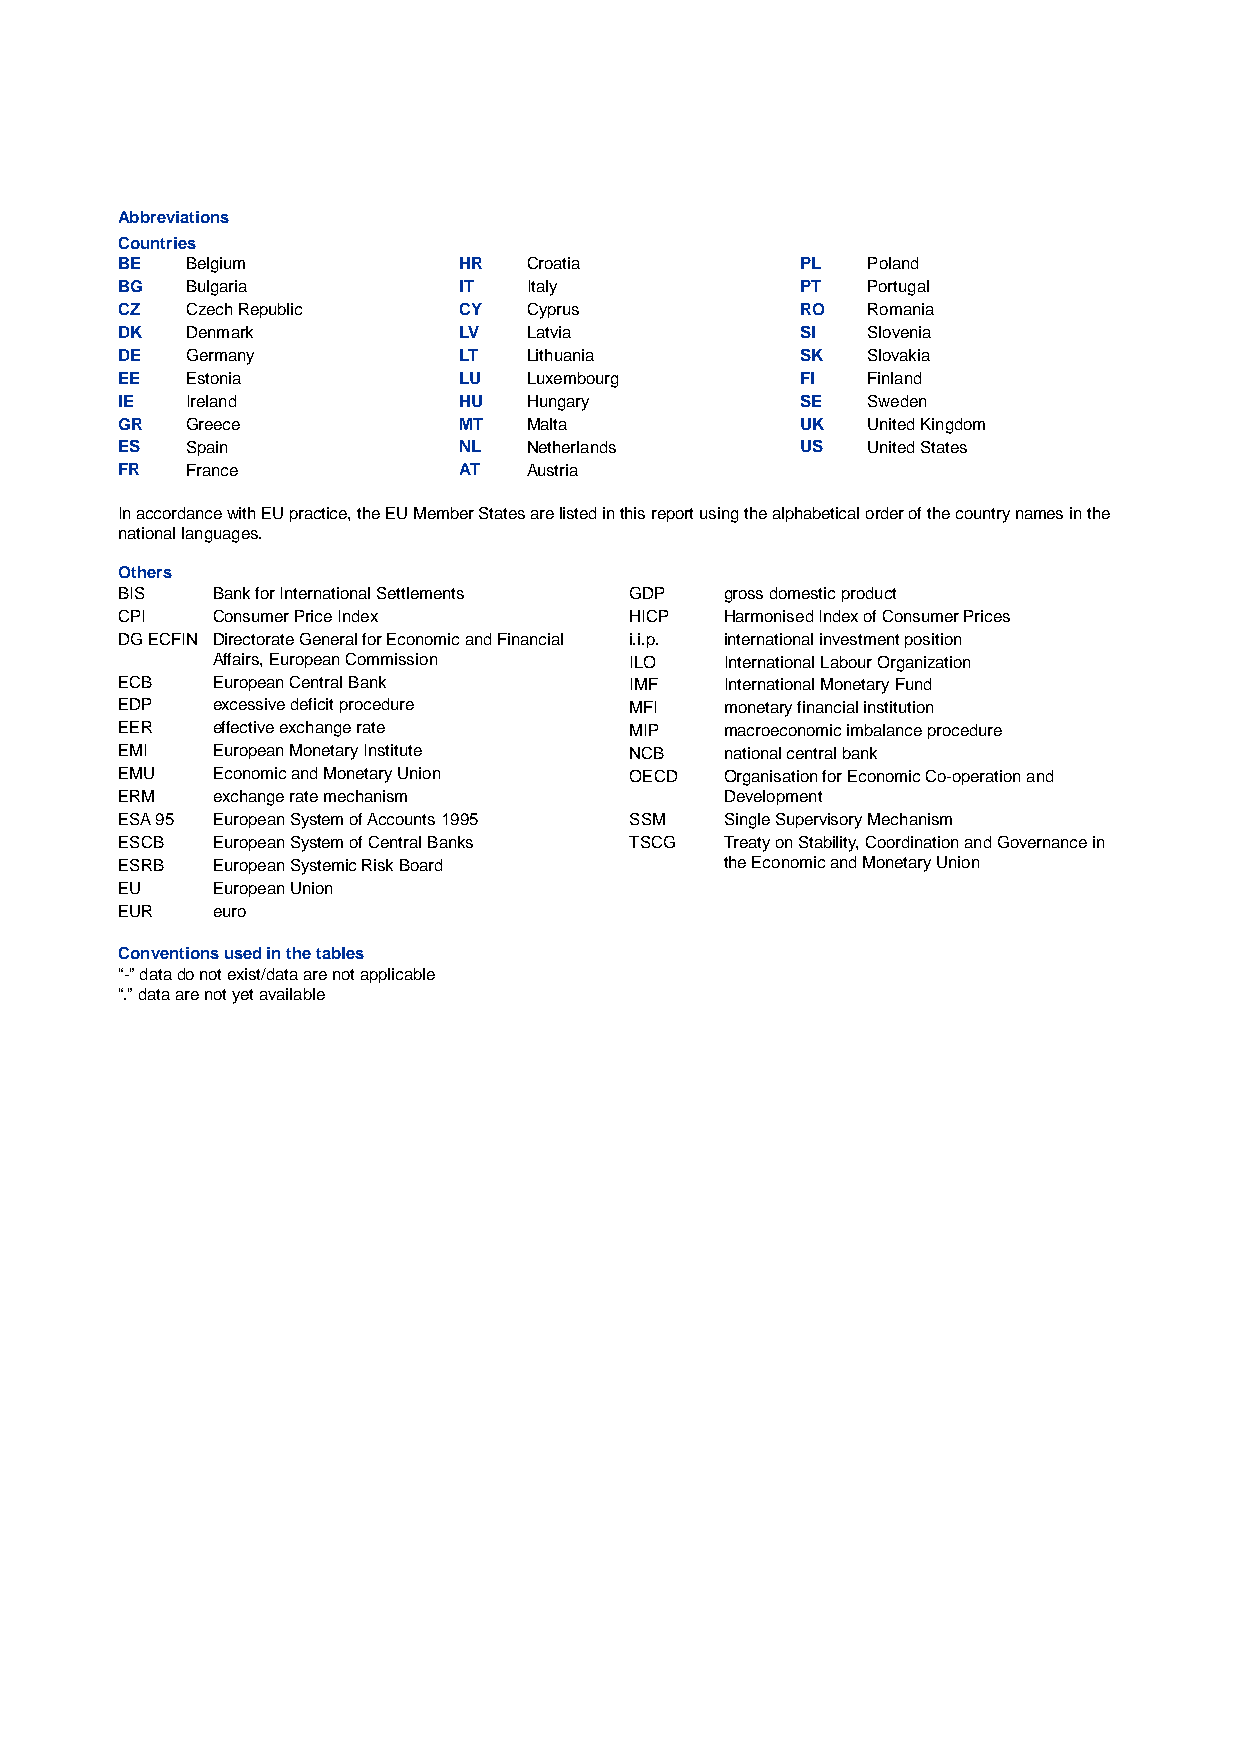
Abbreviations
 Countries
 BE  Belgium           HR   Croatia           PL  Poland
 BG  Bulgaria          IT   Italy             PT  Portugal
 CZ  Czech Republic    CY   Cyprus            RO  Romania
 DK  Denmark           LV   Latvia            SI  Slovenia
 DE  Germany           LT   Lithuania         SK  Slovakia
 EE  Estonia           LU   Luxembourg        FI  Finland
 IE  Ireland           HU   Hungary           SE  Sweden
 GR  Greece            MT   Malta             UK  United Kingdom
 ES  Spain             NL   Netherlands       US  United States
 FR  France            AT   Austria
 In accordance with EU practice, the EU Member States are listed in this report using the alphabetical order of the country names in the
 national languages.
 Others
 BIS   Bank for International Settlements GDP gross domestic product
 CPI   Consumer Price Index        HICP  Harmonised Index of Consumer Prices
 DG ECFIN Directorate General for Economic and Financial i.i.p. international investment position
 Affairs, European Commission ILO  International Labour Organization
 ECB   European Central Bank       IMF   International Monetary Fund
 EDP   excessive deficit procedure MFI   monetary financial institution
 EER   effective exchange rate     MIP   macroeconomic imbalance procedure
 EMI   European Monetary Institute NCB   national central bank
 EMU   Economic and Monetary Union OECD  Organisation for Economic Co-operation and
 ERM   exchange rate mechanism           Development
 ESA 95 European System of Accounts 1995 SSM Single Supervisory Mechanism
 ESCB  European System of Central Banks TSCG Treaty on Stability, Coordination and Governance in
 ESRB  European Systemic Risk Board      the Economic and Monetary Union
 EU    European Union
 EUR   euro
 Conventions used in the tables
 “-” data do not exist/data are not applicable
 “.” data are not yet available